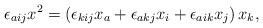
LaTeX: \begin{align*}\epsilon_{aij}x^2=\left(\epsilon_{kij}x_a+\epsilon_{akj}x_i+\epsilon_{aik}x_j\right)x_k,\end{align*}